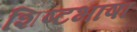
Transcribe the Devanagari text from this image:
शिष्टभाषा